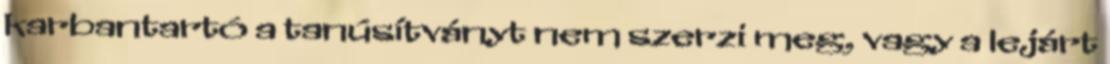
karbantartó a tanúsítványt nem szerzi meg, vagy a lejárt